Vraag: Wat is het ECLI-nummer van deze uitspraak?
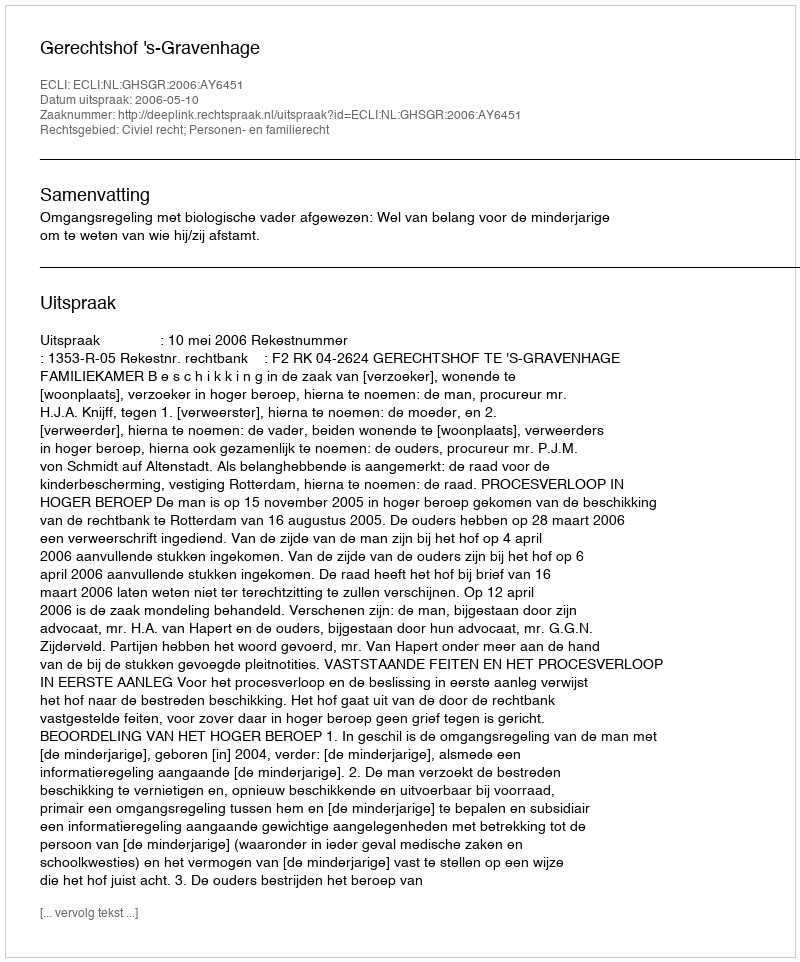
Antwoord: ECLI:NL:GHSGR:2006:AY6451